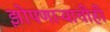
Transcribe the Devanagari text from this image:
झोपणाऱ्याचीही